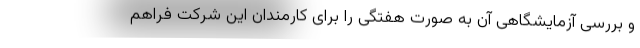
و بررسی آزمایشگاهی آن به صورت هفتگی را برای کارمندان این شرکت فراهم